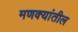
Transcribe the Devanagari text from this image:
मणक्यांतील